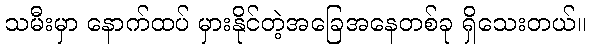
သမီးမှာ နောက်ထပ် မှားနိုင်တဲ့အခြေအနေတစ်ခု ရှိသေးတယ်။